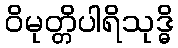
ဝိမုတ္တိပါရိသုဒ္ဓိ